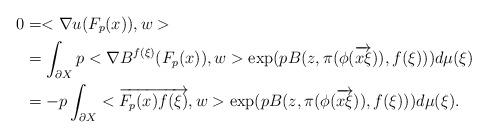
LaTeX: \begin{align*}0 & = < \nabla u(F_p(x)), w > \\ & = \int_{\partial X} p < \nabla B^{f(\xi)}(F_p(x)), w > \exp(pB(z, \pi(\phi(\overrightarrow{x\xi})), f(\xi))) d\mu(\xi) \\ & = - p \int_{\partial X} < \overrightarrow{F_p(x)f(\xi)}, w > \exp(pB(z, \pi(\phi(\overrightarrow{x\xi})), f(\xi))) d\mu(\xi). \\\end{align*}